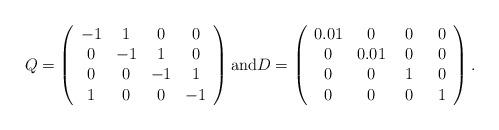
LaTeX: \begin{align*}Q =\left(\begin{array}{cccc}-1 & 1 & 0 & 0 \\ 0 & -1 & 1 & 0\\0 & 0 & -1 & 1\\1& 0&0 & -1 \end{array}\right)\mbox{and}D =\left(\begin{array}{cccc}\displaystyle0.01 & 0 &\, \,0 & \,\,\,\,0 \\ 0 & 0.01 &\, \,0 &\, \,\,\,0\\0 & 0 & \,\,1 & \,\,\,\,0\\0& 0&\,\,0 & \,\,\,\,1 \end{array}\right).\end{align*}